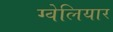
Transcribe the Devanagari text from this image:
ग्वेलियार